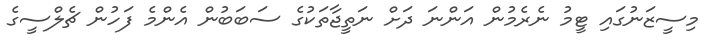
މިސީޒަނުގައި ޓީމު ނެރެމުން އަންނަ ދަށް ނަތީޖާތަކުގެ ސަބަބުން އެންމެ ފަހުން ޗެލްސީގެ